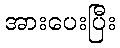
အားပေးပြီး